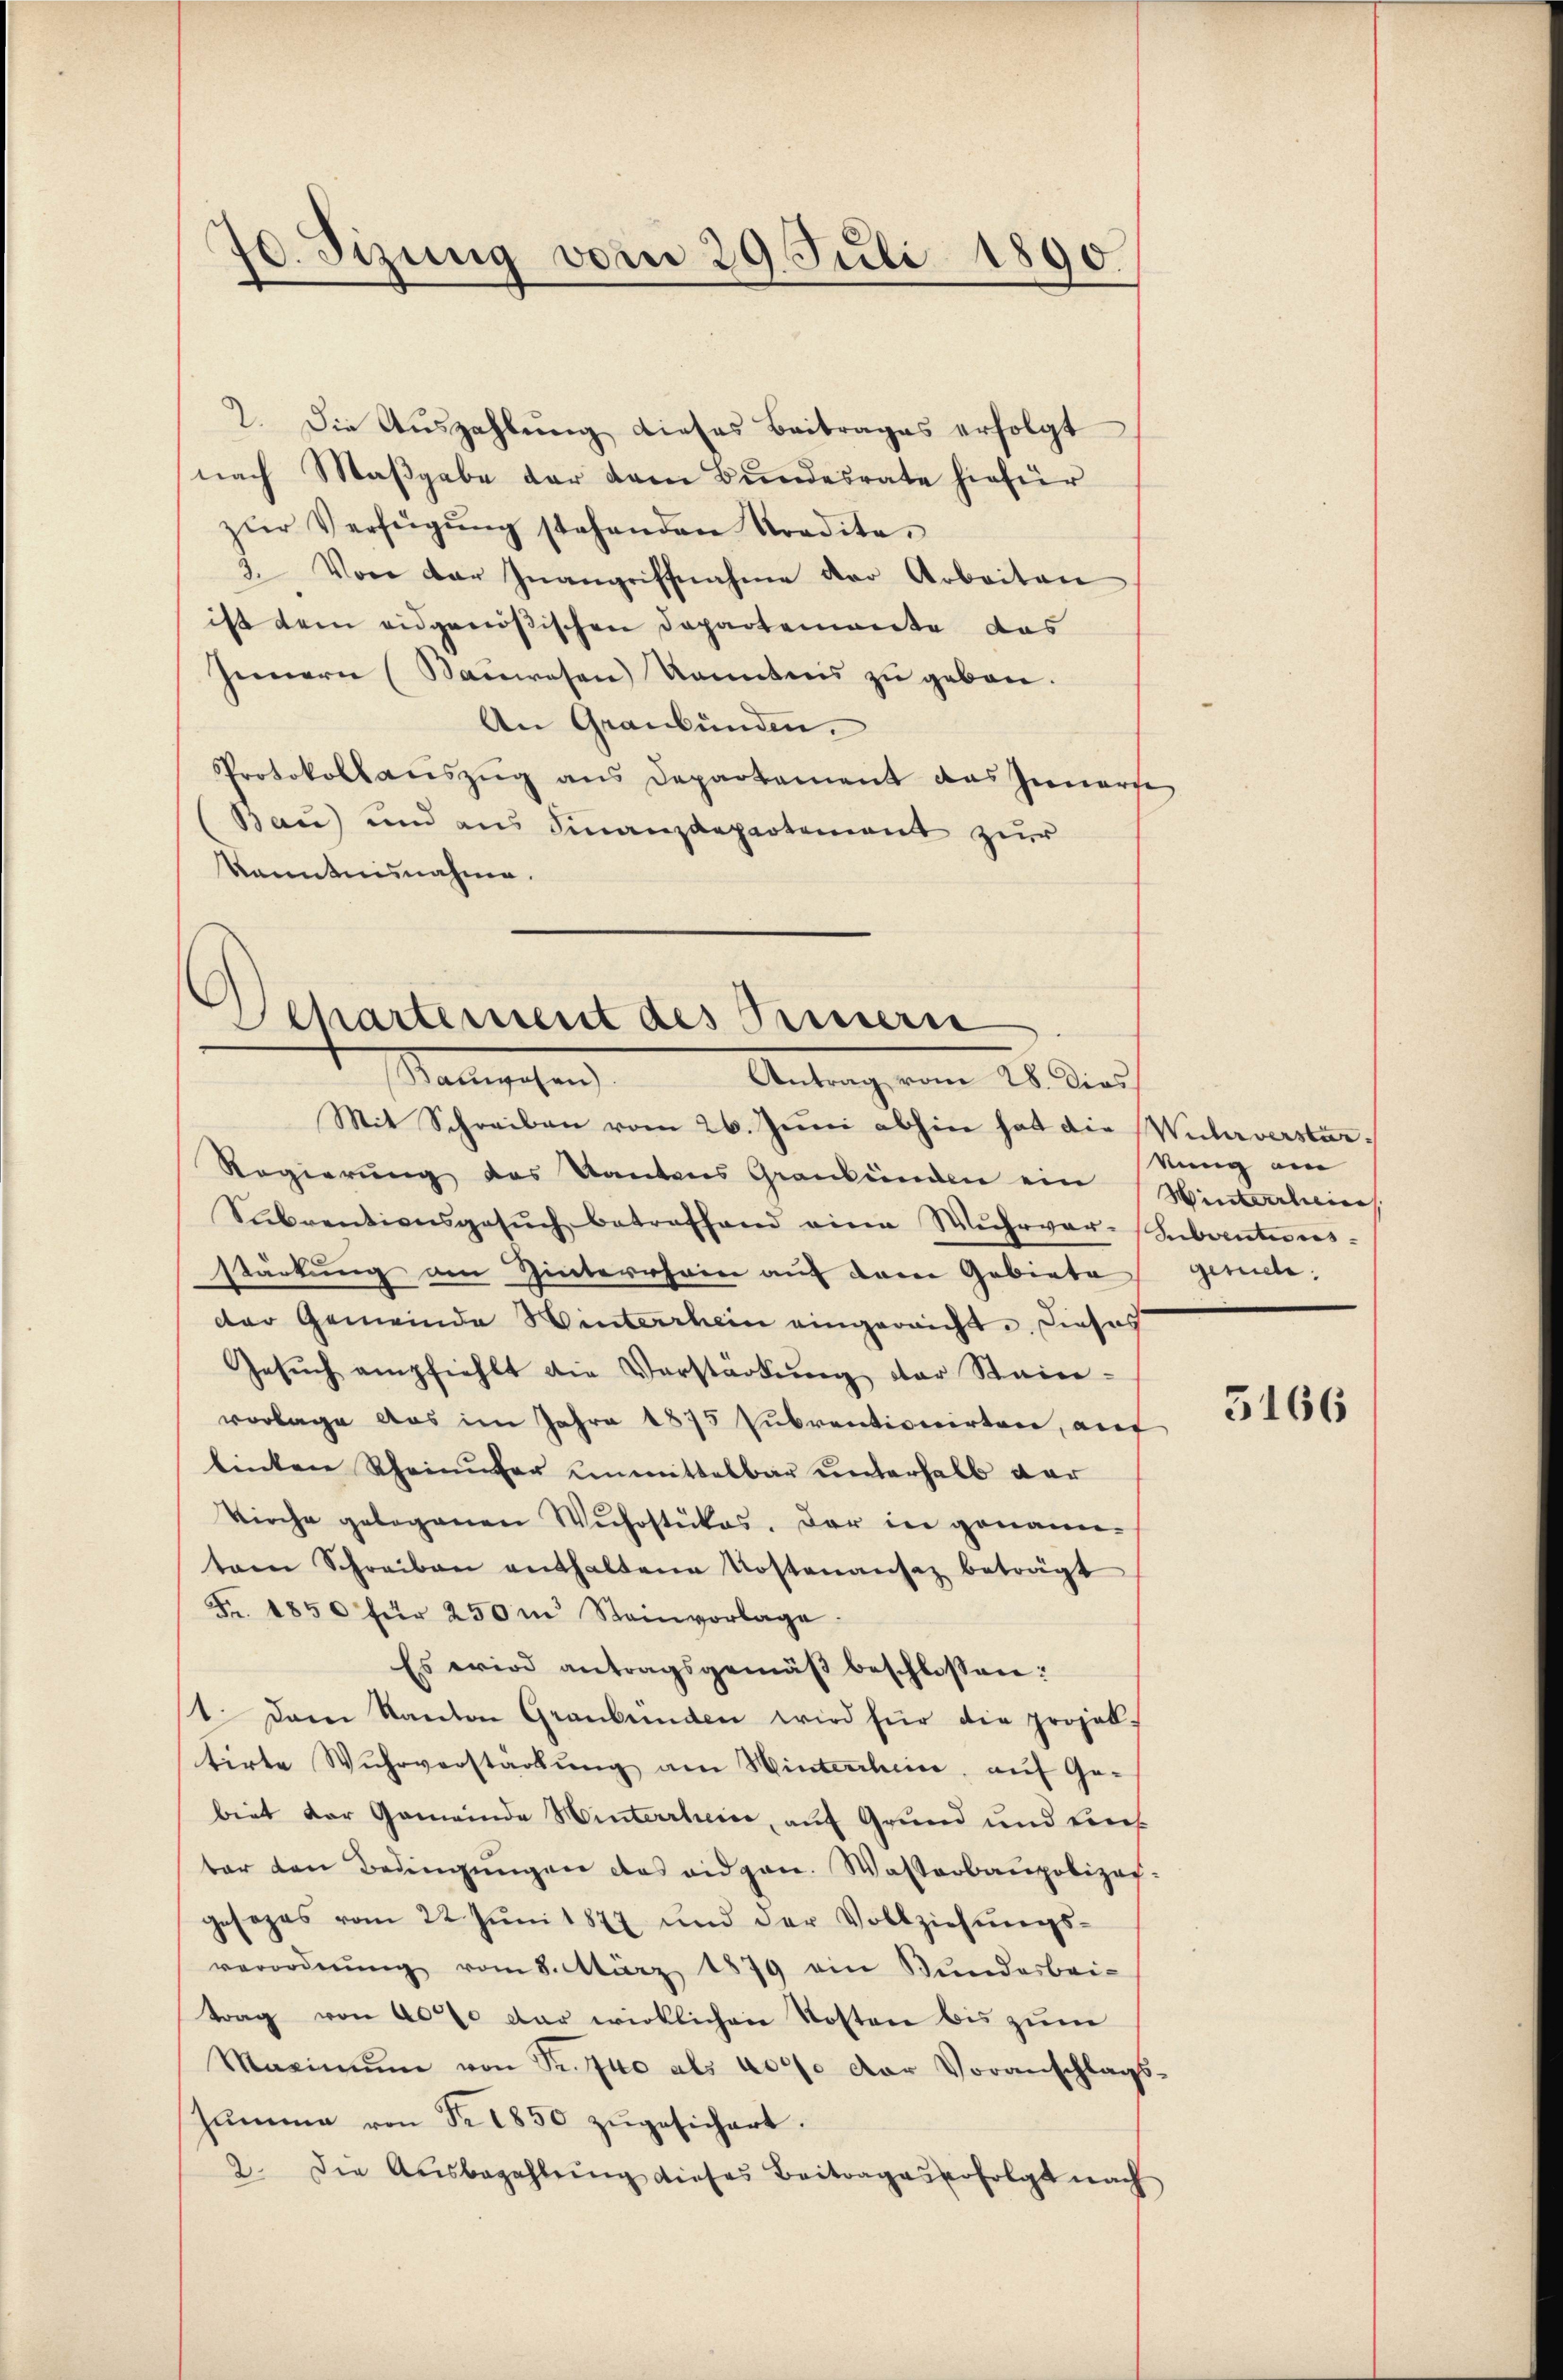
70. Sizung vom 29. Juli 1890.

2. Die Aŭszahlŭng dieses Beitrages erfolgt
nach Maβgabe der dem Bundesrate hiefür
zŭr Verfügŭng stehenden Kredite.
3. Von der Inangriffnahme der Arbeiten
ist dem eidgenößischen Departemente das
Innern (Sauwesen konntens zu geborn.
An Graubünden.
Protokollauszug aus Departement das Innerse
Bau) und aus Finanzdepartement zur
kanntnisnahme.

Departement des Sinnern
Namenschen
Antrag vom 28. dies

Mit Schreiben vom 26. Juni abhin hat die Wuhrverstar¬
Regierŭng des Kantons Graubünden ein Winterlies
Subventionsgesŭch betreffend eine Wuhrver- Subventeres-
stärkung am Hinterrhein auf dem Gebiete genite:
der Gemeinde Winterrhein eingereicht. Dieses
Gesŭch empfiehlt die Verstärkŭng der Stein-
vorlage aus im Jahre 1875 Subventionirten, auf
binten Rheinufer unmittelbar unterhalb dar
Kirche gelegenen Wuhrstükes. Der in genanntem Schreiben enthaltene Kostenansaz beträgt
Fr. 1850 für 250 m Steinvorlage
Es wird antragsgemäß beschlossen:
t. Dann Kanton Graubünden wird für die projol-
tirte Wuhrverstärkŭng am Hinterheise, auf Ge-
biet der Gemeinde Winterrhein, auf Grund und Eins
ber den Bedingungen das eidgen. Wasserbaupolizei
gesages vom 22. Jŭni 1877 und der Vollziehŭngs-
verordnŭng vom 8. März 1879 ein Bŭndarbei-
trag von 40% der wirklichen Kosten bis zum
Maximŭm von Sr. 40 als 4000 der Voranschlags-
hŭmme von Nr. 1850 zŭgesichert.
2. Die Ausbezahlŭng dieses Beitrages erfolgt nach

kung am

5166